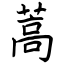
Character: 蒿